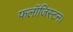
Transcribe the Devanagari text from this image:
फलॉजिस्टन।